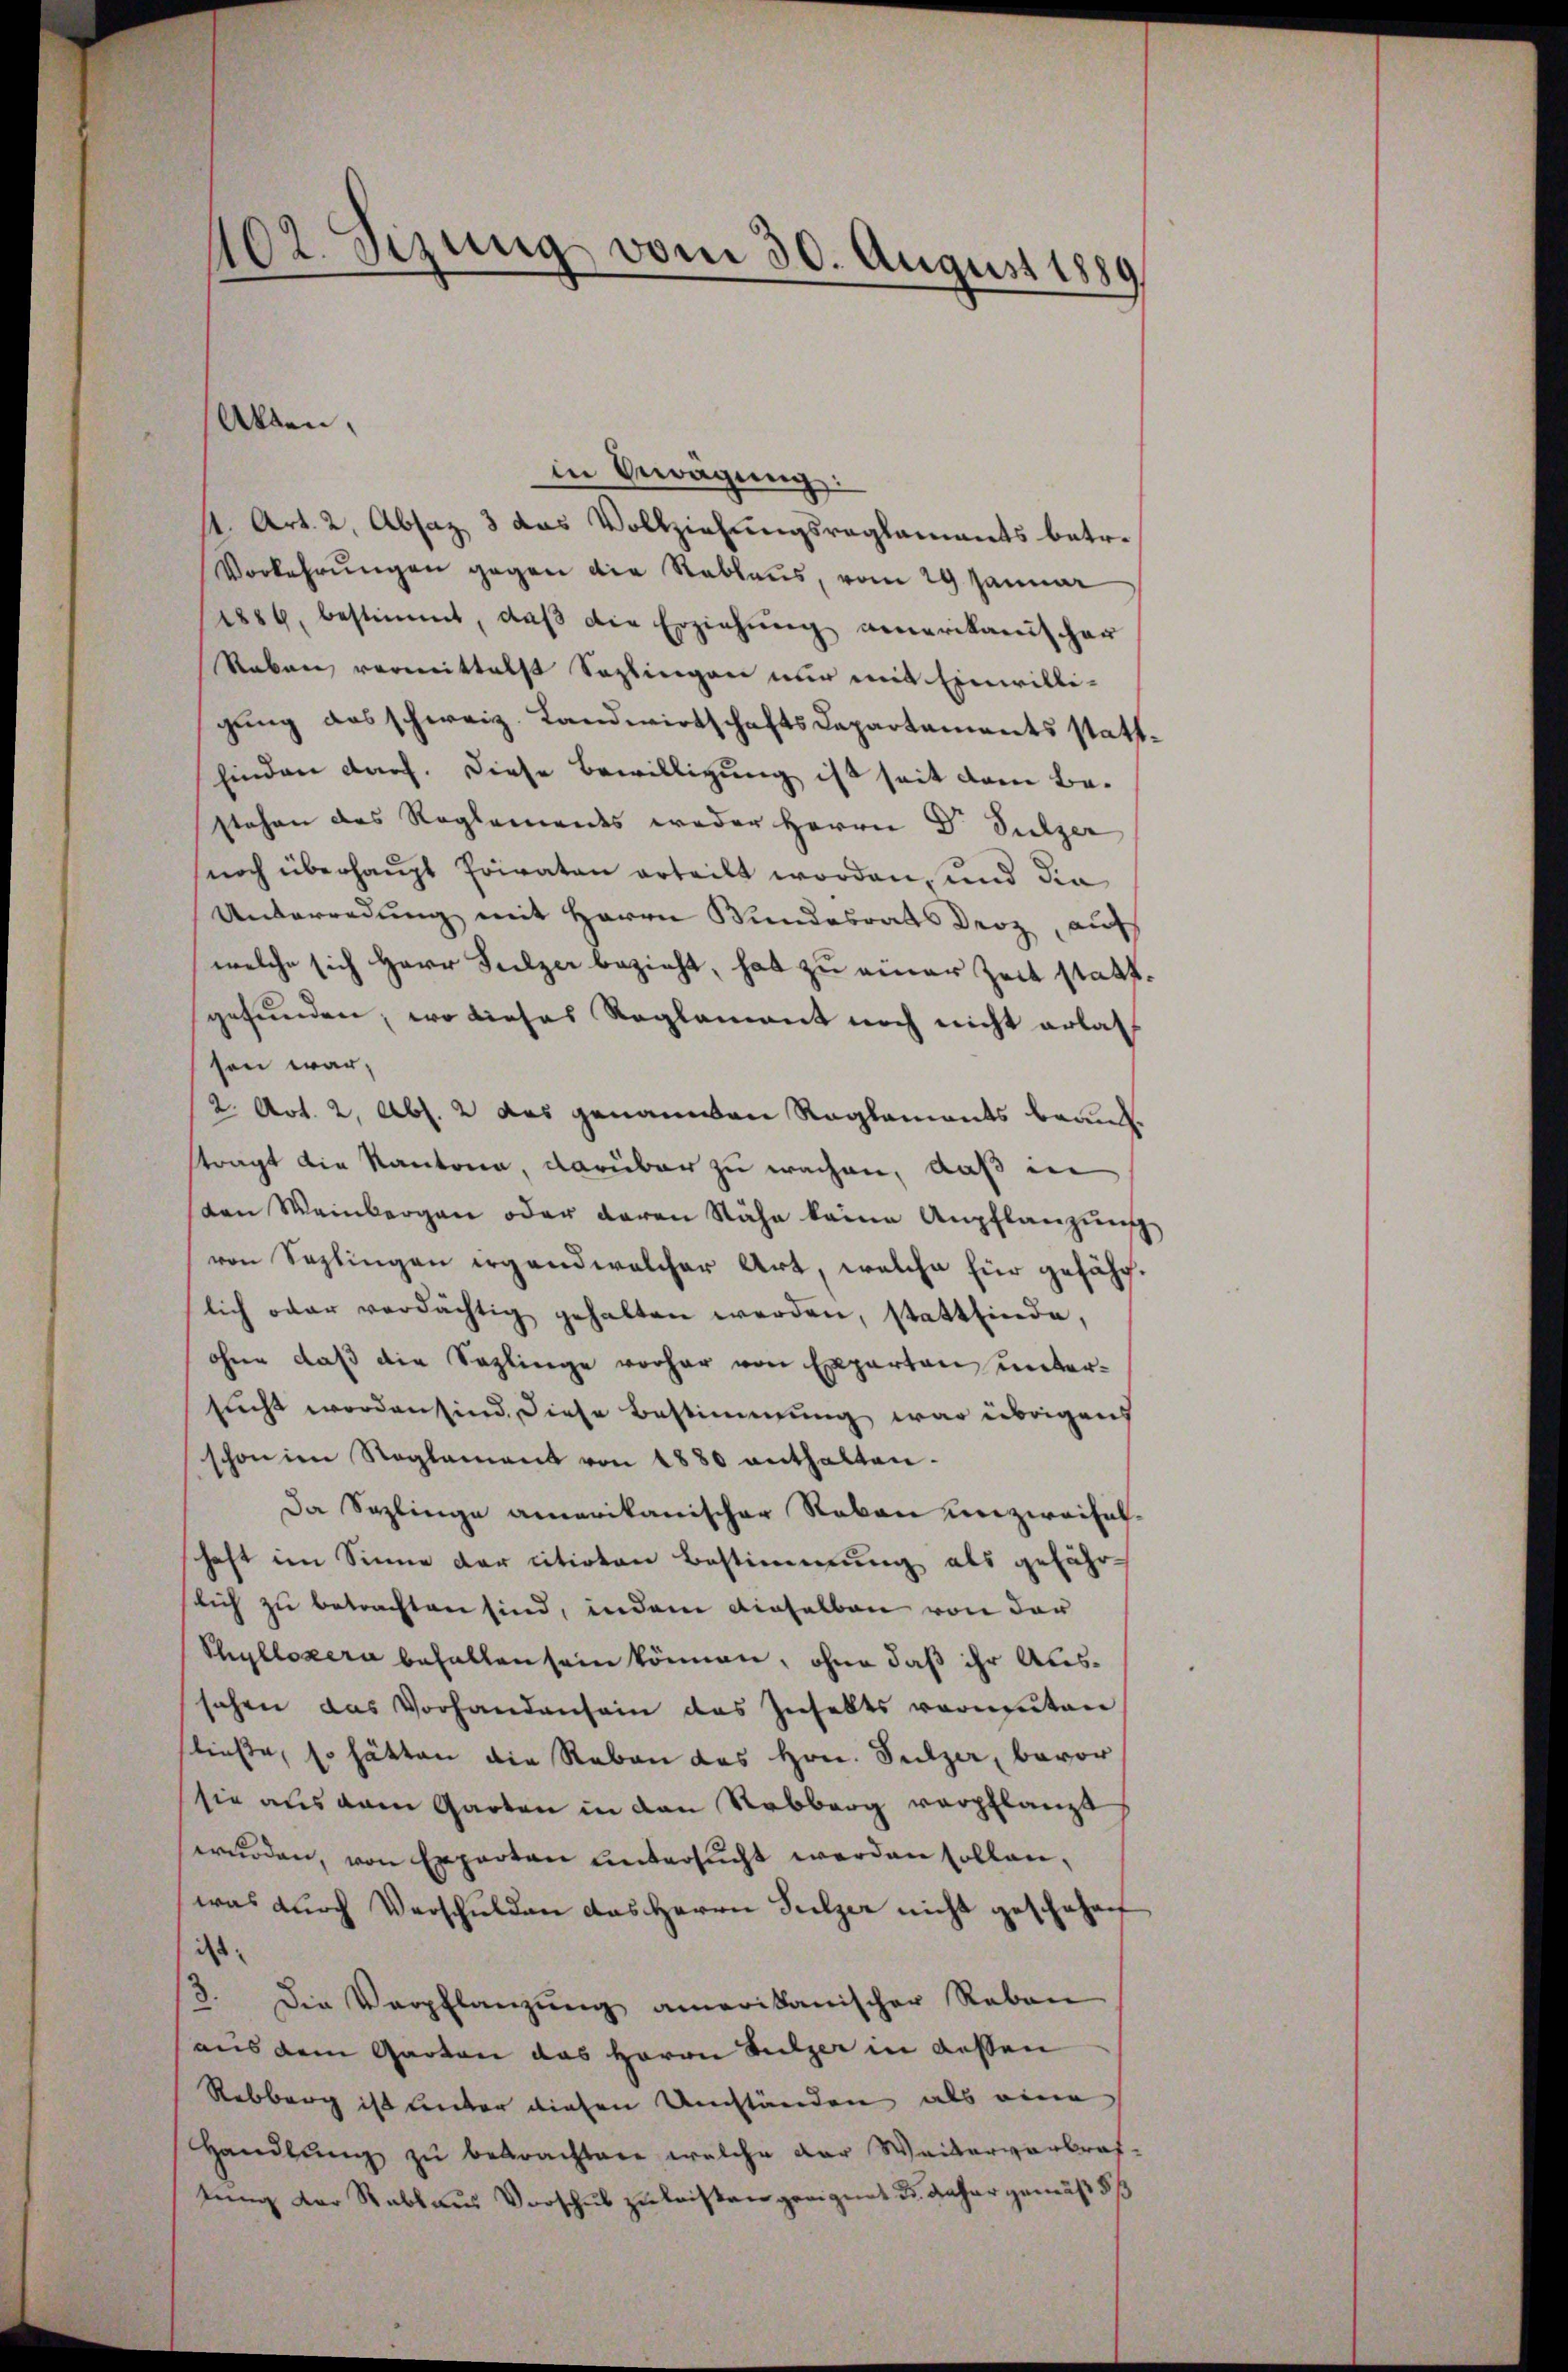
in Bewägŭng:
. Art. 2, Absaz 3 das Vollziehungsreglements betr.
Vorkehrungen gegen die Rablaus, vom 29 Januar
1889, bestimmt, daβ die Erziehŭng amerikanischer
Raben vermittelst Sahlingen nur mit Einwilli-
gung des schweiz. Landwirtschafts Departaments statt¬
Einden darf. Diese Bewilligung ist seit dem Bestehen des Reglements weder Herrn Dr. Sulzer
noch überhaupt Priraten erteilt worden, und die
Unterredung mit Herrn Bundesrats Droz, auf
welche sich Herr Sulzer bezieht, hat zu einer Zeit stattgefunden, wo dieses Reglement noch nicht erlas
sen war,
2. Art. 2, Abs. 2 das genannten Reglements brauchstragt die Kantone, darüber zu wachen, daß in
den Weinbergen oder daren Nähe keine Anpflanzŭng
von Seplingen irgend welcher Art, welche für gefährlich oder verdächtig gehalten werden, stattfinde,
ohne daß die Saplinge vorher von Experten untersucht worden sind. Diese Bestimmung war übrigens
schon im Reglement von 1880 enthalten-
Da Sazlinge amerikanischer Reben unzweifelschaft im Sinne der citirten Bestimmung als gefähr
lich zu betrachten sind, indem dieselben von der
Thyllozern befallen sein können, ohne daß ihr Aussehen das Vorhandensein des Inhalts vermuten
fließe, so hätten die Reben das Hrn. Sulzer, bevor
sie aus dem Garten in den Rebberg verpflanzt
wŭrden, von Experten untersŭcht werden sollen,
was durch Verschulden das Herrn Sulzer nicht geschehen
ist:
3. Die Verpflanzŭng amerikanischer Reben
aus dem Garten das Herrn Sulzer in dessen
Rebberg ist unter diesen Umständen als eine
Handlung zu betrachten welche der Weitervorbraf-
tung der Rablaus Vorschub zu leisten geeignet u. daher gemäß §

102. sizung vom 30. August 1889

Allen,